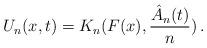
LaTeX: \begin{align*} U_n(x,t)=K_n(F(x),\frac{\hat A_n(t)}{n})\,.\end{align*}